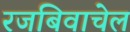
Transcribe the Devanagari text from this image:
रजबिवाचेल